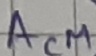
Text: ACM